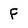
Character: F